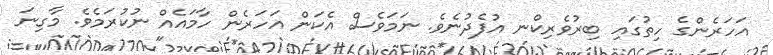
އަހަރެންގެ ހިތުގައި ބިރުވެރިކްނ އުފެދުނެވެ. ނަމަވެސް އެކަން އަހަރެން ހާމައެއް ނުކުރަމެވެ. މާގިނަ